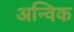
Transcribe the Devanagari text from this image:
अन्विक